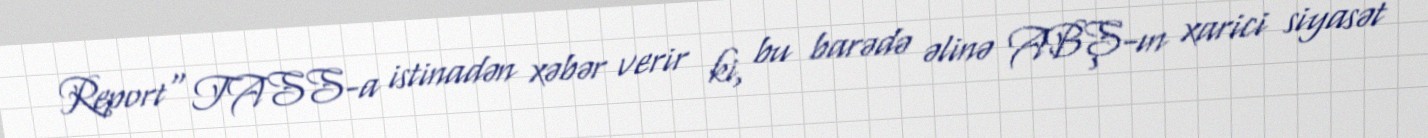
Report" TASS-a istinadən xəbər verir ki, bu barədə əlinə ABŞ-ın xarici siyasət